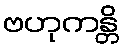
ဗဟုကန္တိ